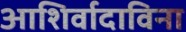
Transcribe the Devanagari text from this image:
आशिर्वादाविना